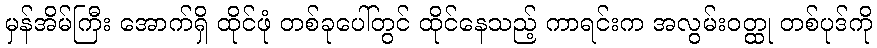
မှန်အိမ်ကြီး အောက်ရှိ ထိုင်ဖုံ တစ်ခုပေါ်တွင် ထိုင်နေသည့် ကာရင်းက အလွမ်းဝတ္ထု တစ်ပုဒ်ကို